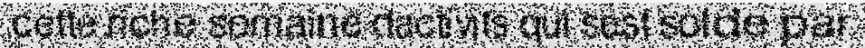
cette riche semaine dactivits qui sest solde par